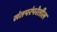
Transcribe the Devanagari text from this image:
संतपरंपरेतील